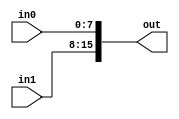
module TC_Maker16 (in0, in1, out);
    parameter UUID = 0;
    parameter NAME = "";
    input [7:0] in0;
    input [7:0] in1;
    output [15:0] out;
    
    assign out = {in1, in0};
endmodule